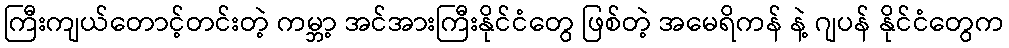
ကြီးကျယ်တောင့်တင်းတဲ့ ကမ္ဘာ့ အင်အားကြီးနိုင်ငံတွေ ဖြစ်တဲ့ အမေရိကန် နဲ့ ဂျပန် နိုင်ငံတွေက